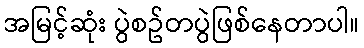
အမြင့်ဆုံး ပွဲစဥ်တပွဲဖြစ်နေတာပါ။